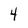
Character: 4